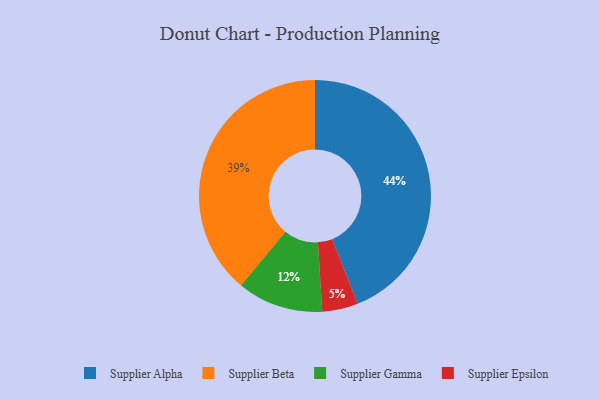
{"axis": {"x": "Category", "y": "Percentage"}, "legend": ["Supplier Alpha", "Supplier Beta", "Supplier Epsilon", "Supplier Gamma"], "data": [{"x": "Supplier Epsilon", "y": 5, "type": "Supplier Epsilon"}, {"x": "Supplier Beta", "y": 39, "type": "Supplier Beta"}, {"x": "Supplier Alpha", "y": 44, "type": "Supplier Alpha"}, {"x": "Supplier Gamma", "y": 12, "type": "Supplier Gamma"}]}